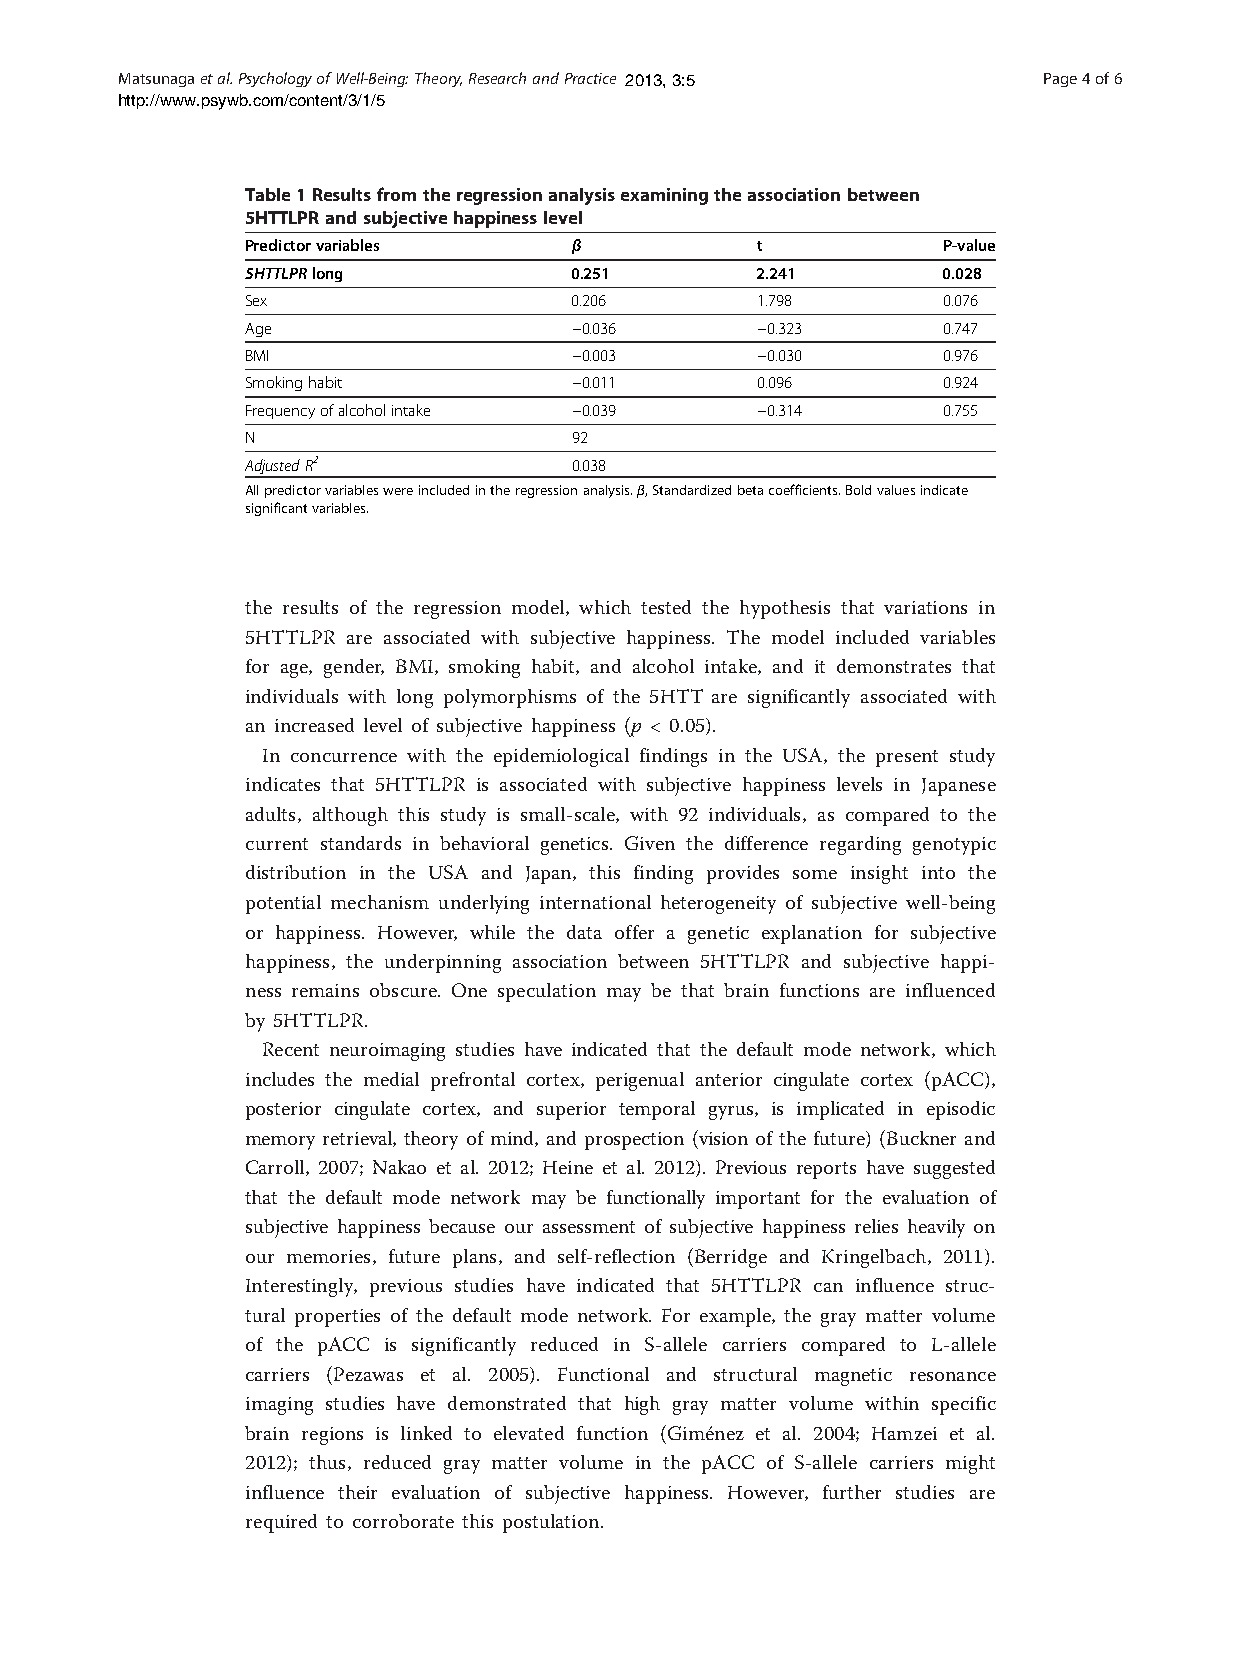
Matsunagaetal.PsychologyofWell-Being:Theory,ResearchandPractice 2013, 3:5 Page4of6
 http://www.psywb.com/content/3/1/5
 Table1Resultsfromtheregressionanalysisexaminingtheassociationbetween
 5HTTLPRandsubjectivehappinesslevel
 Predictorvariables    β           t           P-value
 5HTTLPRlong           0.251       2.241       0.028
 Sex                   0.206       1.798       0.076
 Age                   −0.036      −0.323      0.747
 BMI                   −0.003      −0.030      0.976
 Smokinghabit          −0.011      0.096       0.924
 Frequencyofalcoholintake −0.039   −0.314      0.755
 N                     92
 AdjustedR2            0.038
 Allpredictorvariableswereincludedintheregressionanalysis.β,Standardizedbetacoefficients.Boldvaluesindicate
 significantvariables.
 the results of the regression model, which tested the hypothesis that variations in
 5HTTLPR are associated with subjective happiness. The model included variables
 for age, gender, BMI, smoking habit, and alcohol intake, and it demonstrates that
 individuals with long polymorphisms of the 5HTT are significantly associated with
 an increased level of subjective happiness (p < 0.05).
 In concurrence with the epidemiological findings in the USA, the present study
 indicates that 5HTTLPR is associated with subjective happiness levels in Japanese
 adults, although this study is small-scale, with 92 individuals, as compared to the
 current standards in behavioral genetics. Given the difference regarding genotypic
 distribution in the USA and Japan, this finding provides some insight into the
 potential mechanism underlying international heterogeneity of subjective well-being
 or happiness. However, while the data offer a genetic explanation for subjective
 happiness, the underpinning association between 5HTTLPR and subjective happi-
 ness remains obscure. One speculation may be that brain functions are influenced
 by 5HTTLPR.
 Recent neuroimaging studies have indicated that the default mode network, which
 includes the medial prefrontal cortex, perigenual anterior cingulate cortex (pACC),
 posterior cingulate cortex, and superior temporal gyrus, is implicated in episodic
 memory retrieval, theory of mind, and prospection (vision of the future) (Buckner and
 Carroll, 2007; Nakao et al. 2012; Heine et al. 2012). Previous reports have suggested
 that the default mode network may be functionally important for the evaluation of
 subjective happiness because our assessment of subjective happiness relies heavily on
 our memories, future plans, and self-reflection (Berridge and Kringelbach, 2011).
 Interestingly, previous studies have indicated that 5HTTLPR can influence struc-
 tural properties of the default mode network. For example, the gray matter volume
 of the pACC is significantly reduced in S-allele carriers compared to L-allele
 carriers (Pezawas et al. 2005). Functional and structural magnetic resonance
 imaging studies have demonstrated that high gray matter volume within specific
 brain regions is linked to elevated function (Giménez et al. 2004; Hamzei et al.
 2012); thus, reduced gray matter volume in the pACC of S-allele carriers might
 influence their evaluation of subjective happiness. However, further studies are
 required to corroborate this postulation.